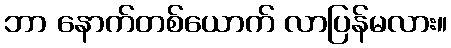
ဘာ နောက်တစ်ယောက် လာပြန်မလား။